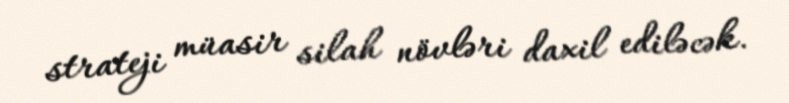
strateji müasir silah növləri daxil ediləcək.